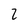
Character: 2